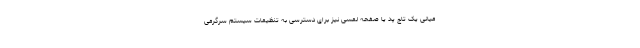
میانی یک تاچ پد یا صفحه لمسی نیز برای دسترسی به تنظیمات سیستم سرگرمی